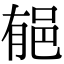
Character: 𨚺